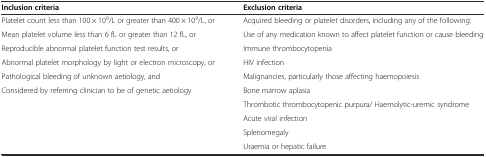
<table><thead><tr><td><b>Inclusion criteria</b></td><td><b>Exclusion criteria</b></td></tr></thead><tbody><tr><td>Platelet count less than 100 × 10<sup>9</sup>/L or greater than 400 × 10<sup>9</sup>/L, or</td><td>Acquired bleeding or platelet disorders, including any of the following:</td></tr><tr><td>Mean platelet volume less than 6 fL or greater than 12 fL, or</td><td>Use of any medication known to affect platelet function or cause bleeding</td></tr><tr><td>Reproducible abnormal platelet function test results, or</td><td>Immune thrombocytopenia</td></tr><tr><td>Abnormal platelet morphology by light or electron microscopy, or</td><td>HIV infection</td></tr><tr><td>Pathological bleeding of unknown aetiology, and</td><td>Malignancies, particularly those affecting haemopoiesis</td></tr><tr><td>Considered by referring clinician to be of genetic aetiology</td><td>Bone marrow aplasia</td></tr><tr><td></td><td>Thrombotic thrombocytopenic purpura/ Haemolytic-uremic syndrome</td></tr><tr><td></td><td>Acute viral infection</td></tr><tr><td></td><td>Splenomegaly</td></tr><tr><td></td><td>Uraemia or hepatic failure</td></tr></tbody></table>